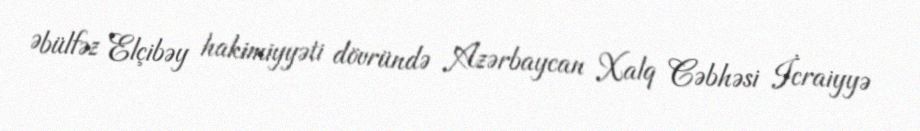
Əbülfəz Elçibəy hakimiyyəti dövründə Azərbaycan Xalq Cəbhəsi İcraiyyə